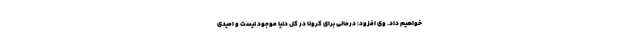
خواهیم داد. وی افزود: درمانی برای کرونا در کل دنیا موجود نیست و امیدی